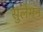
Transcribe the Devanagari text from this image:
सुलेमन